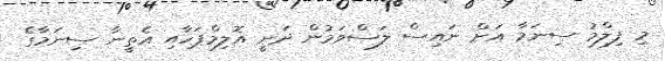
މި ފިލްމު ސިނަމާ އަށް ނައިސް ލަސްވަމުން ދަނީ އޮލިމްޕަހާއި އެތީނާ ސިނަމާގެ